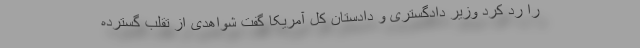
را رد کرد وزیر دادگستری و دادستان کل آمریکا گفت شواهدی از تقلب گسترده